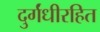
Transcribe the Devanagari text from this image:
दुर्गंधीरहित